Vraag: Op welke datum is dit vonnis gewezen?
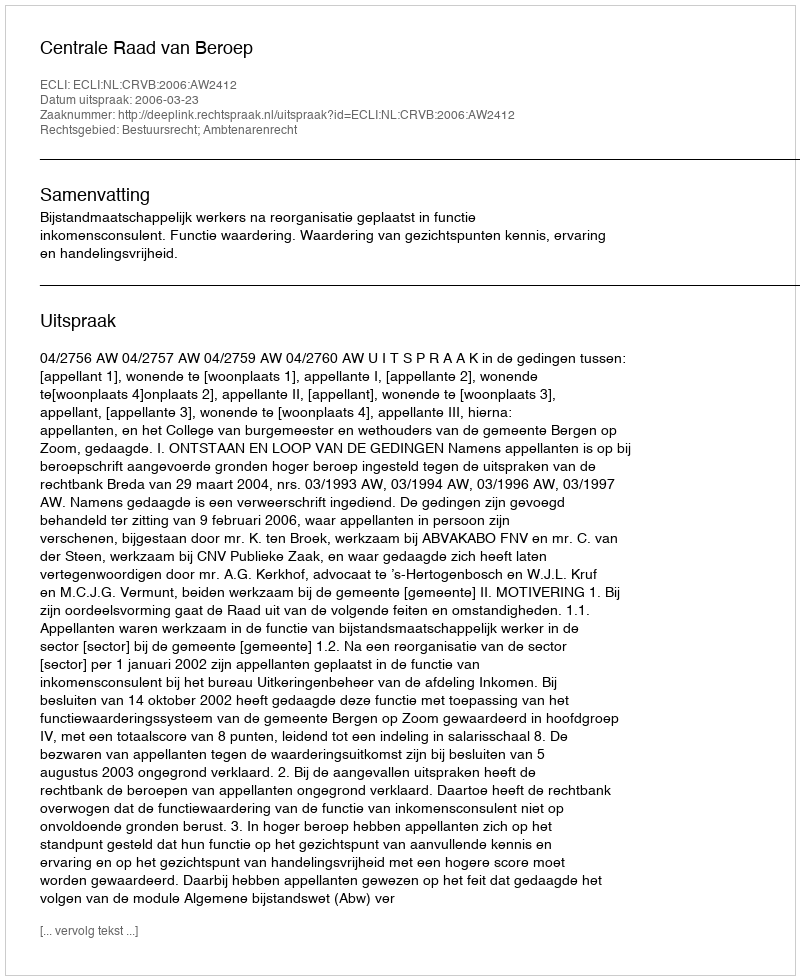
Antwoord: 2006-03-23